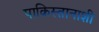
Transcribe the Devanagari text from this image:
पाकिस्तानाशी